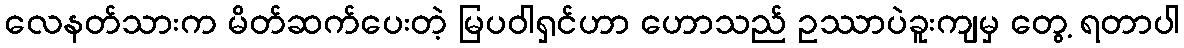
လေနတ်သားက မိတ်ဆက်ပေးတဲ့ မြပဝါရှင်ဟာ ဟောသည် ဥဿာပဲခူးကျမှ တွေ့ ရတာပါ